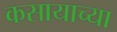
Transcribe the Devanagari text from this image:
कसायाच्या